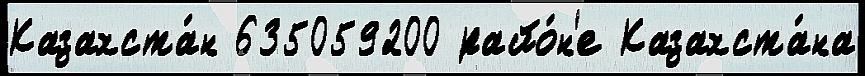
Казахста́н 635059200 райо́н'е Казахста́на